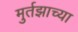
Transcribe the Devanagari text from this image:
मुर्तझाच्या